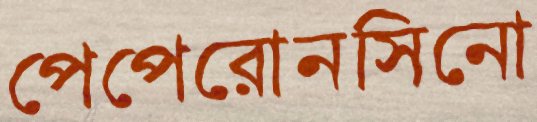
পেপেরোনসিনো